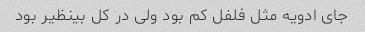
جای ادویه مثل فلفل کم بود ولی در کل بینظیر بود